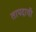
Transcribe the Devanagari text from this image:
तापदायी